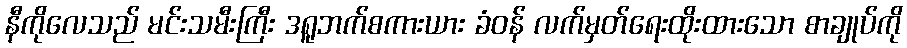
နီကိုလေသည် မင်းသမီးကြီး ဒရူဘက်စကားယား ခံဝန် လက်မှတ်ရေးထိုးထားသော စာချုပ်ကို